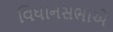
વિધાનસભાએ